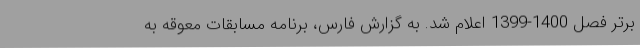
برتر فصل 1400-1399 اعلام شد. به گزارش فارس، برنامه مسابقات معوقه به